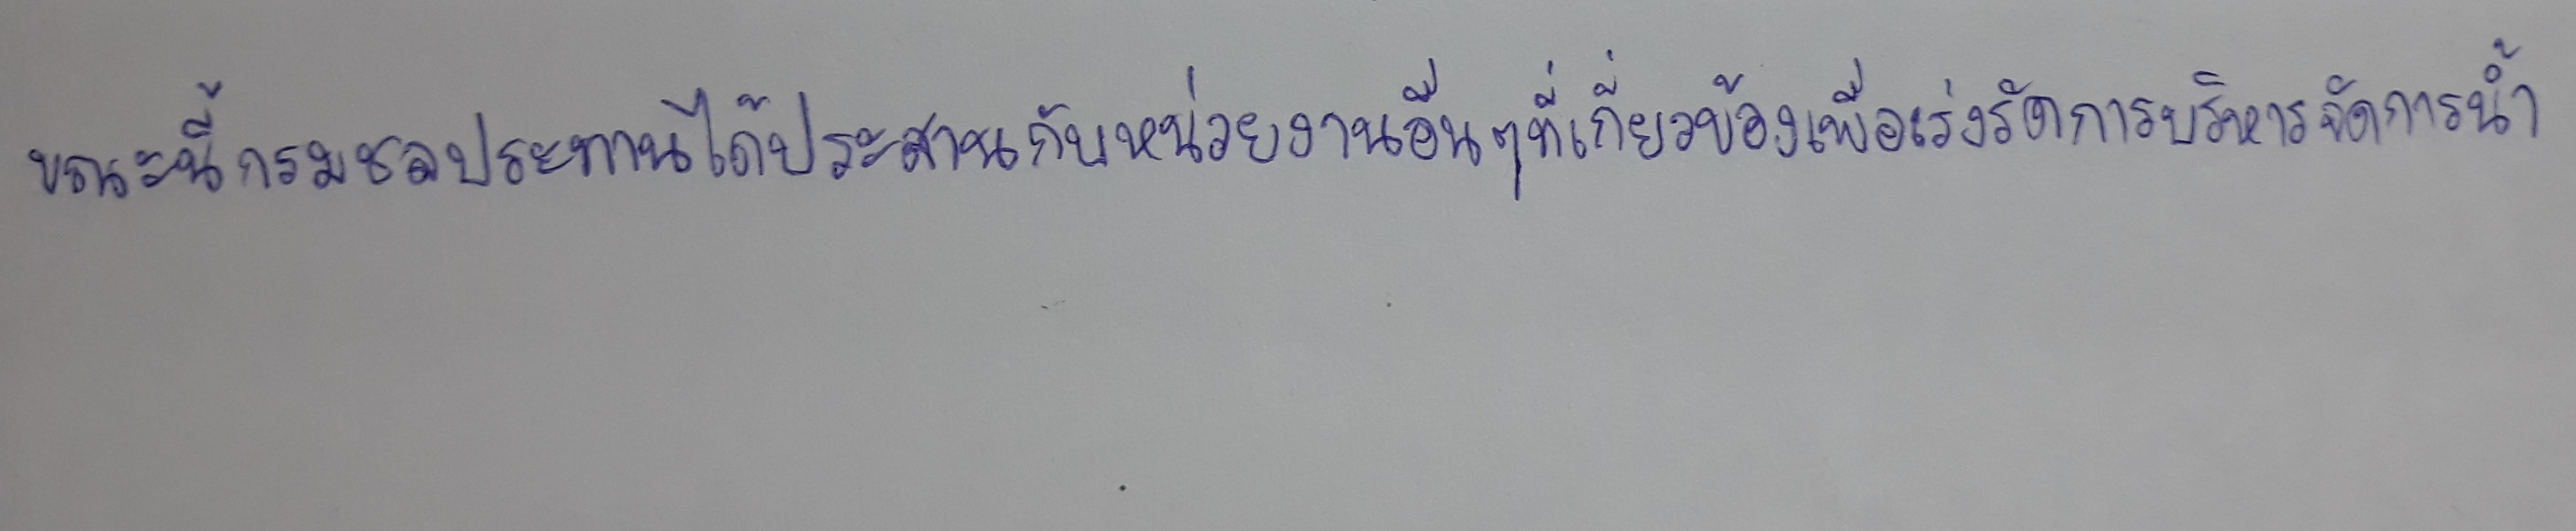
ขณะนี้กรมชลประทานได้ประสานกับหน่วยงานอื่นๆที่เกี่ยวข้องเพื่อเร่งรัดการบริหารจัดการน้ำ